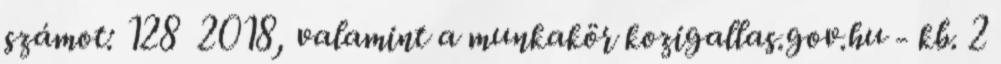
számot: 128 2018, valamint a munkakör kozigallas.gov.hu - kb. 2